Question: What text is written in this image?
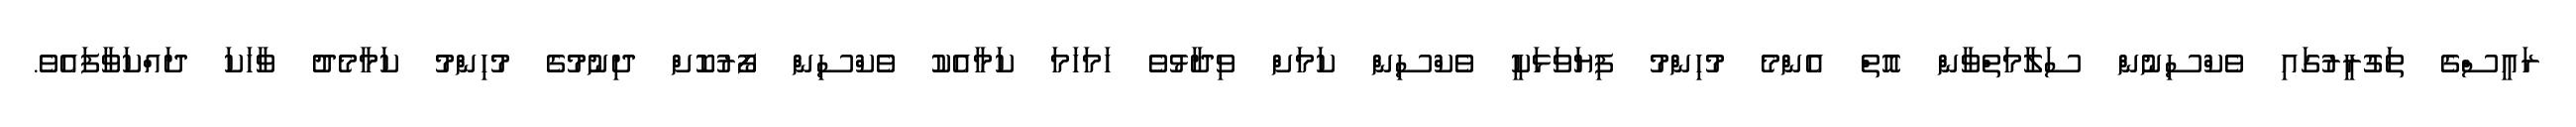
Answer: ރައީސްގެ ތަގުރީރުގައި ވެކްސިނުން ސަލާމަތްވާން އޮތް އެންމެ މުހިންމު ފިޔަވަޅަކީ ވެކްސިން ކަމަށް ވިދާޅުވެ ހަމަހަމަ ކަމާއެކު ވެކްސިން ފޯރުކޮށް ދިނުމުގެ މުހިންމު ކަމާމެދު ވާހަކަ ދައްކަވާފައެވެ.